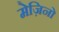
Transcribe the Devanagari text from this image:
मेज़िनो